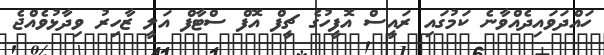
ހައްދަވައިދެއްވާނެ ކަމުގައި ރައީސް އޮފީހުގެ ޗީފް އޮފް ސްޓާފް އަލީ ޒާހިރު ވިދާޅުވެއްޖެ